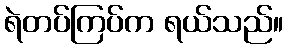
ရဲတပ်ကြပ်က ရယ်သည်။